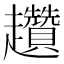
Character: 趲